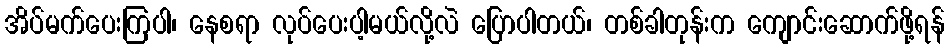
အိပ်မက်ပေးကြပါ၊ နေစရာ လုပ်ပေးပါ့မယ်လို့လဲ ပြောပါတယ်၊ တစ်ခါတုန်းက ကျောင်းဆောက်ဖို့ရန်